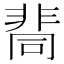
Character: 𩇷